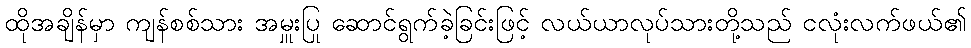
ထိုအချိန်မှာ ကျန်စစ်သား အမှူးပြု ဆောင်ရွက်ခဲ့ခြင်းဖြင့် လယ်ယာလုပ်သားတို့သည် ငလုံးလက်ဖယ်၏